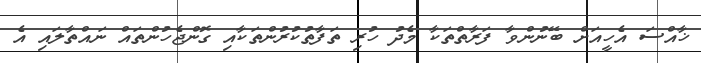
ޚާއްސަ އެހީއަށް ބޭނުންވާ ފަރާތްތަކާ މެދު ހުރި ތަފާތުކުރުންތަކާއި ގޮންޖެހުންތައް ނައްތާލައި އެ